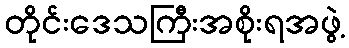
တိုင်းဒေသကြီးအစိုးရအဖွဲ့